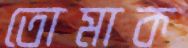
তোমাক